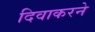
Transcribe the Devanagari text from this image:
दिवाकरने